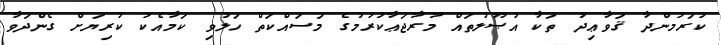
ކުރަމުންދާ ޤަވާޢިދު ތަކާ އުޞޫލުތައް މުރާޖަޢާކުރުމުގެ މަސައްކަތް ހަލުވި ކަމާއެކު ކުރިޔަށް ގެންދަވާ